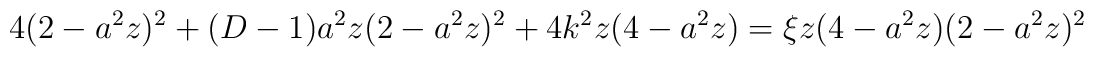
4(2-a^2 z)^2 + (D-1)a^2 z (2-a^2 z)^2 + 4k^2 z (4-a^2 z)=\xi z (4-a^2 z) (2-a^2 z)^2